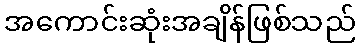
အကောင်းဆုံးအချိန်ဖြစ်သည်